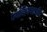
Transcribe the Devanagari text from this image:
ज्योतिषशात्रीय